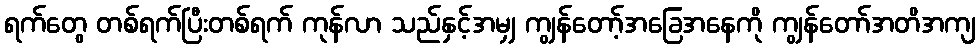
ရက်တွေ တစ်ရက်ပြီးတစ်ရက် ကုန်လာ သည်နှင့်အမျှ ကျွန်တော့်အခြေအနေကို ကျွန်တော်အတိအကျ